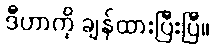
ဒီဟာကို ချန်ထားပြီးပြီ။